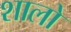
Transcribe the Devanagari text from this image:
शालो